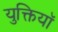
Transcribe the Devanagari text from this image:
युक्तियॉ